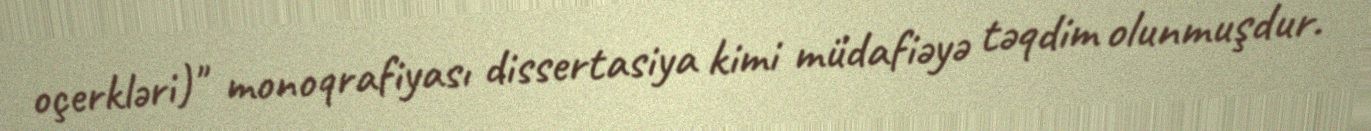
oçerkləri)" monoqrafiyası dissertasiya kimi müdafiəyə təqdim olunmuşdur.